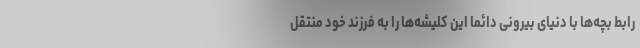
رابط بچه‌ها با دنیای بیرونی دائما این کلیشه‌ها را به فرزند خود منتقل